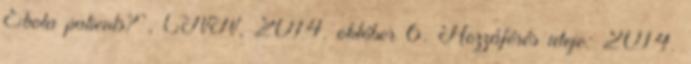
Ebola patients?”, CNN, 2014. október 6. Hozzáférés ideje: 2014.